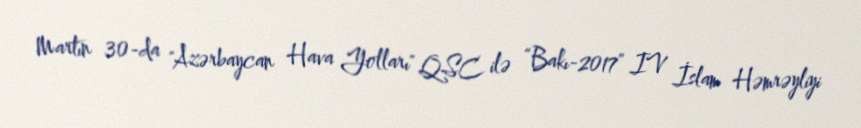
Martın 30-da "Azərbaycan Hava Yolları" QSC ilə “Bakı-2017” IV İslam Həmrəyliyi